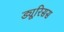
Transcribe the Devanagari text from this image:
ड्यूरिसस